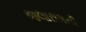
જલારામની